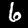
Label: 6